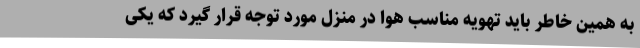
به همین خاطر باید تهویه مناسب هوا در منزل مورد توجه قرار گیرد که یکی